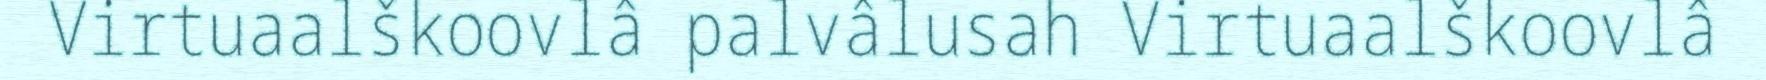
Virtuaalškoovlâ palvâlusah Virtuaalškoovlâ